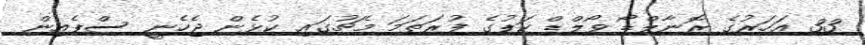
33 އަހަރުގެ ރޮނާލްޑޯ ވޯލްޑް ކަޕުގެ ފުރަތަމަ މެޗުގައި ކުޅެން ޖެހެނީ ސްޕެއިން